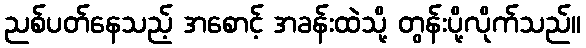
ညစ်ပတ်နေသည့် အစောင့် အခန်းထဲသို့ တွန်းပို့လိုက်သည်။